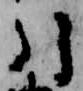
引